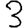
Digit: 3